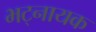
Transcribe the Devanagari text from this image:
भट्नायक